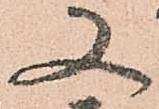
又